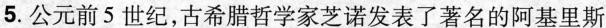
5.公元前5世纪，古希腊哲学家芝诺发表了著名的阿基里斯